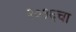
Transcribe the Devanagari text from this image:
२०१६चा